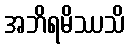
အဘိရမိဿသိ